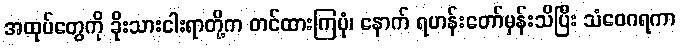
အထုပ်တွေကို ခိုးသားငါးရာတို့က တင်ထားကြပုံ၊ နောက် ရဟန်းတော်မှန်းသိပြီး သံဝေဂရကာ